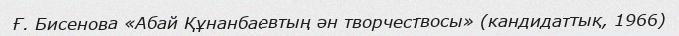
Ғ. Бисенова «Абай Құнанбаевтың ән творчествосы» (кандидаттық, 1966)